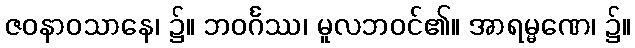
ဇဝနာဝသာနေ၊ ၌။ ဘဝင်္ဂဿ၊ မူလဘဝင်၏။ အာရမ္မဏေ၊ ၌။